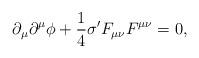
LaTeX: \begin{align*}\partial_{\mu } \partial^{\mu } \phi + \frac{1}{4} \sigma' F_{\mu \nu } F^{\mu \nu}=0,\end{align*}